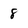
Character: 8